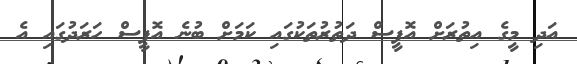
އަދި މީގެ އިތުރަށް އޮފީސް ދަތުރުތަކުގައި ކަމަށް ބުނެ އޮފީސް ހަރަދުގައި އެ